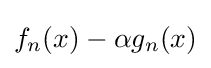
f_{n}(x)-\alpha g_{n}(x)